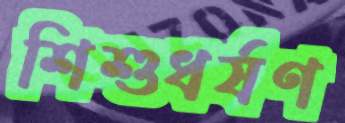
শিশুধর্ষণ